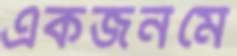
একজনমে